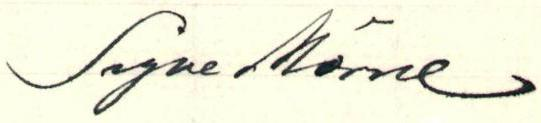
Signe Mörne